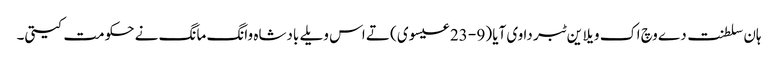
ہان سلطنت دے وچ اک ویلا ین ٹبر دا وی آیا (9 - 23 عیسوی) تے اس ویلے بادشاہ وانگ مانگ نے حکومت کیتی۔